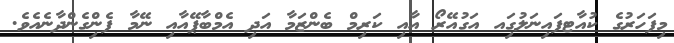
މިފަހަރުގެ ކުއާޓފައިނަލުގަިއ އަގުއޭރޯ އާއި ކަރިމް ބެންޒަމާ އަދި އެމްބާޕޭއާއި ނޭމާ ފެންިގެންދާނެއެވެ.